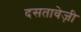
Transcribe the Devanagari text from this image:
दसतावेज़ी